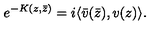
e ^ { - K ( z , \bar { z } ) } = i \langle \bar { v } ( \bar { z } ) , v ( z ) \rangle .